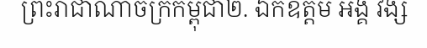
ព្រះរាជាណាចក្រកម្ពុជា២. ឯកឧត្តម អង្គ វង្ស